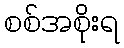
စစ်အစိုးရ